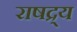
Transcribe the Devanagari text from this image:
राषद्र्य